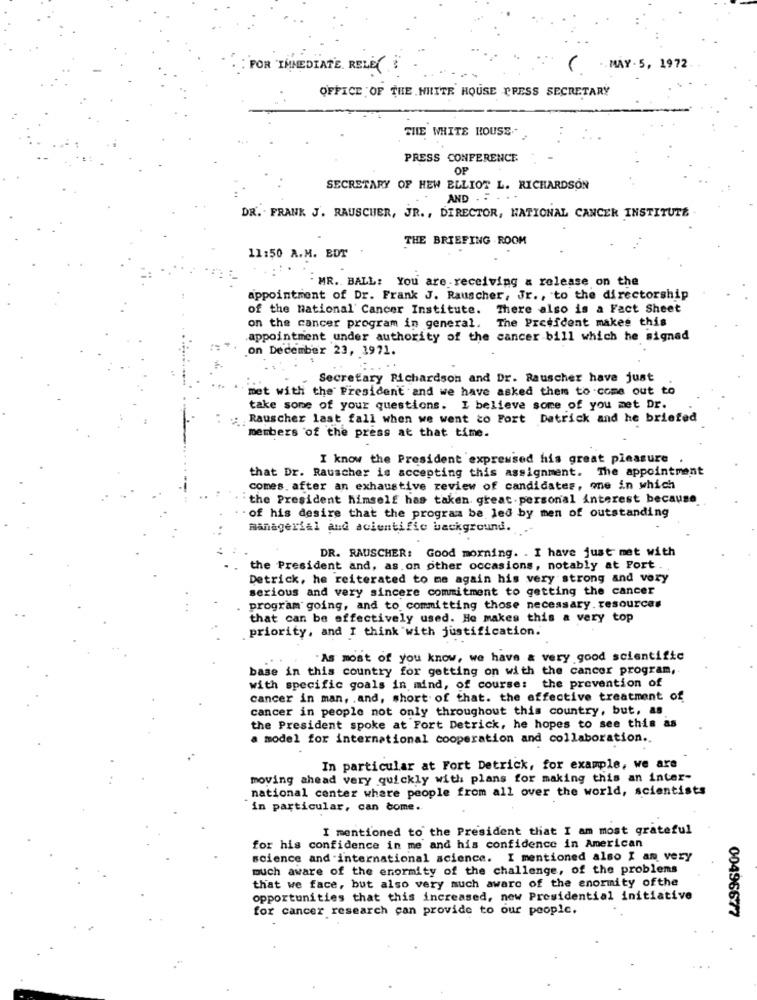
FOR IMMEDIATE RELEY
( MAY- 5, 1972.
OFFICE OF THE WHITE HOUSE PRESS SECRETARY
THE WHITE HOUSE-
PRESS CONFERENCE
OF
SECRETARY OF HEW ELLIOT L. RICHARDSON
AND .. . .
DR. . FRANK J. RAUSCHER, JR ., DIRECTOR, NATIONAL CANCER INSTITUTE
THE BRIEFING ROOM
11:50 A.M. EDT
MR. BALL: You are receiving a release on the
appointment of Dr. Frank J. Rauscher, Jr ., to the directorship
of the national Cancer Institute. There also is a Fact Sheet
The President makes this
on the cancer program in general.
appointment under authority of the cancer bill which he signad
on December 23, 1971.
Secretary Richardson and Dr. Rauscher have just
met with the President and we have asked them to come out to
take some of your questions. I believe some of you met Dr.
.: Rauscher last fall when we went to Fort Detrick and he briefed
members of the press at that time.
I know the President expressed his great pleasure
that Dr. Rauscher is accepting this assignment. The appointment
comes. after an exhaustive review of candidates, one in which
the President himself has taken great. personal interest because
of his desire that the program be led by men of outstanding
managerial and scientific background.
DR. RAUSCHER: Good morning. . I have just met with
the President and, as. on other occasions, notably at Port ..
Detrick, he reiterated to me again his very strong and vory
serious and very sincere commitment to getting the cancer
program going, and to committing those necessary. resources
that can be effectively used. He makes this a very top
priority, and I think with justification.
"As most of you know, we have & very good scientific
base in this country for getting on with the cancer program,
with specific goals in mind, of course: the prevention of
cancer in man, . and, short of that. the effective treatment of
cancer in people not only throughout this country, but, as
the President spoke at Fort Detrick, he hopes to see this as
a model for international cooperation and collaboration ..
In particular at Fort Detrick, for example, we are
moving ahead very quickly with plans for making this an inter-
national center where people from all over the world, scientists
in particular, can come.
I mentioned to the President that I am most grateful
for his confidence in me and his confidence in American
science and international science. I mentioned also I am very
much aware of the enormity of the challenge, of the problems
that we face, but also very much aware of the enormity ofthe
opportunities that this increased, new Presidential initiative
for cancer research can provide to our people.
00496677